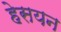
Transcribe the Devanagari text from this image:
हेसयन